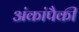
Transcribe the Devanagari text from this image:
अंकांपैकी